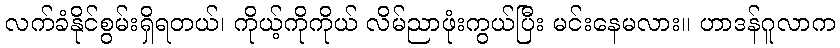
လက်ခံနိုင်စွမ်းရှိရတယ်၊ ကိုယ့်ကိုကိုယ် လိမ်ညာဖုံးကွယ်ပြီး မင်းနေမလား။ ဟာဒန်ဂူလာက